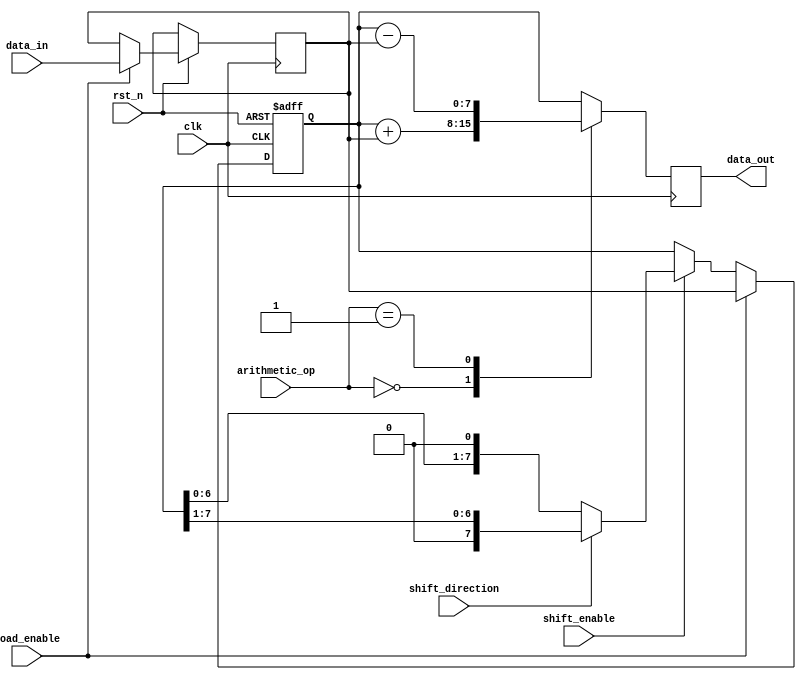
module LogarithmicShiftRegister #(
    parameter WIDTH = 8 // Configurable width of the shift register
)(
    input wire clk,                     // Clock signal
    input wire rst_n,                   // Active low reset
    input wire [WIDTH-1:0] data_in,     // Parallel input data
    input wire shift_enable,             // Shift enable signal
    input wire shift_direction,          // Shift direction: 0 for left, 1 for right
    input wire load_enable,              // Load enable signal
    input wire [1:0] arithmetic_op,      // Arithmetic operation select: 00 = add, 01 = subtract
    output reg [WIDTH-1:0] data_out      // Parallel output data
);

    reg [WIDTH-1:0] shift_reg;          // Shift register storage
    reg [WIDTH-1:0] log_data;           // Logarithmic data storage

    // Logarithmic conversion (simple example, replace with actual conversion logic)
    function [WIDTH-1:0] log_convert(input [WIDTH-1:0] value);
        begin
            log_convert = value; // Placeholder for logarithmic conversion
        end
    endfunction

    // Arithmetic operation
    function [WIDTH-1:0] arithmetic(input [WIDTH-1:0] a, input [WIDTH-1:0] b, input [1:0] op);
        begin
            case (op)
                2'b00: arithmetic = a + b; // Addition
                2'b01: arithmetic = a - b; // Subtraction
                default: arithmetic = a;    // Default case (no operation)
            endcase
        end
    endfunction

    // Sequential logic for shift register
    always @(posedge clk or negedge rst_n) begin
        if (!rst_n) begin
            shift_reg <= 0; // Reset shift register
        end else if (load_enable) begin
            log_data <= log_convert(data_in); // Load and convert input data
            shift_reg <= log_data; // Initialize shift register with logarithmic data
        end else if (shift_enable) begin
            if (shift_direction) begin
                // Right shift
                shift_reg <= shift_reg >> 1;
            end else begin
                // Left shift
                shift_reg <= shift_reg << 1;
            end
        end
    end

    // Output logic
    always @(posedge clk) begin
        // Perform arithmetic operation and assign to output
        data_out <= arithmetic(shift_reg, log_data, arithmetic_op);
    end

endmodule